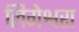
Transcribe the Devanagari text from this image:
लिगेश्वरा